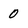
Character: 0